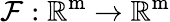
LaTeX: \mathcal{F}:\mathbb{R}^{\mathrm{m}}\rightarrow\mathbb{R}^{\mathrm{m}}